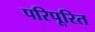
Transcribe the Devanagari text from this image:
परिपूरित